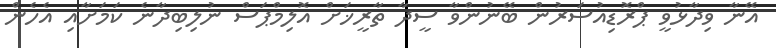
އޭނާ ވިދާޅުވީ ޕްރޮޑިއުސަރުން ބޭނުންވާ ސީދާ ތާރީޚަށް އޮލިމްޕަސް ނުލިބިދާނެ ކަމަށާއި އެހެން